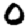
Digit: 0